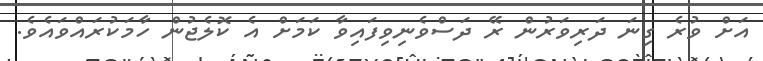
އަށް ވުރެ ގިނަ ދަރިވަރުން ރޭ ދަސްވެނިވިފައިވާ ކަމަށް އެ ކޮލެޖުން ހާމަކުރައްވައެވެ.